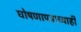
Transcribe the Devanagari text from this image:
घोषणापत्राच्याही